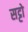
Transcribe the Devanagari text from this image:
सट्टो